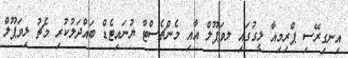
އިނގިރޭސި ޕްރިމިއާ ލީގުގައި ލވަޕޫލް އާއި މެންޗެސްޓާ ޔުނައިޓެޑް ބައްދަލުކުރި މެޗު ލިވަޕޫލް